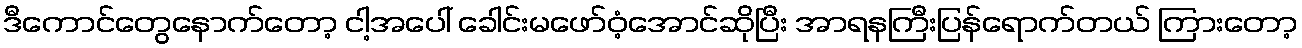
ဒီကောင်တွေနောက်တော့ ငါ့အပေါ် ခေါင်းမဖော်ဝံ့အောင်ဆိုပြီး အာရနကြီးပြန်ရောက်တယ် ကြားတော့